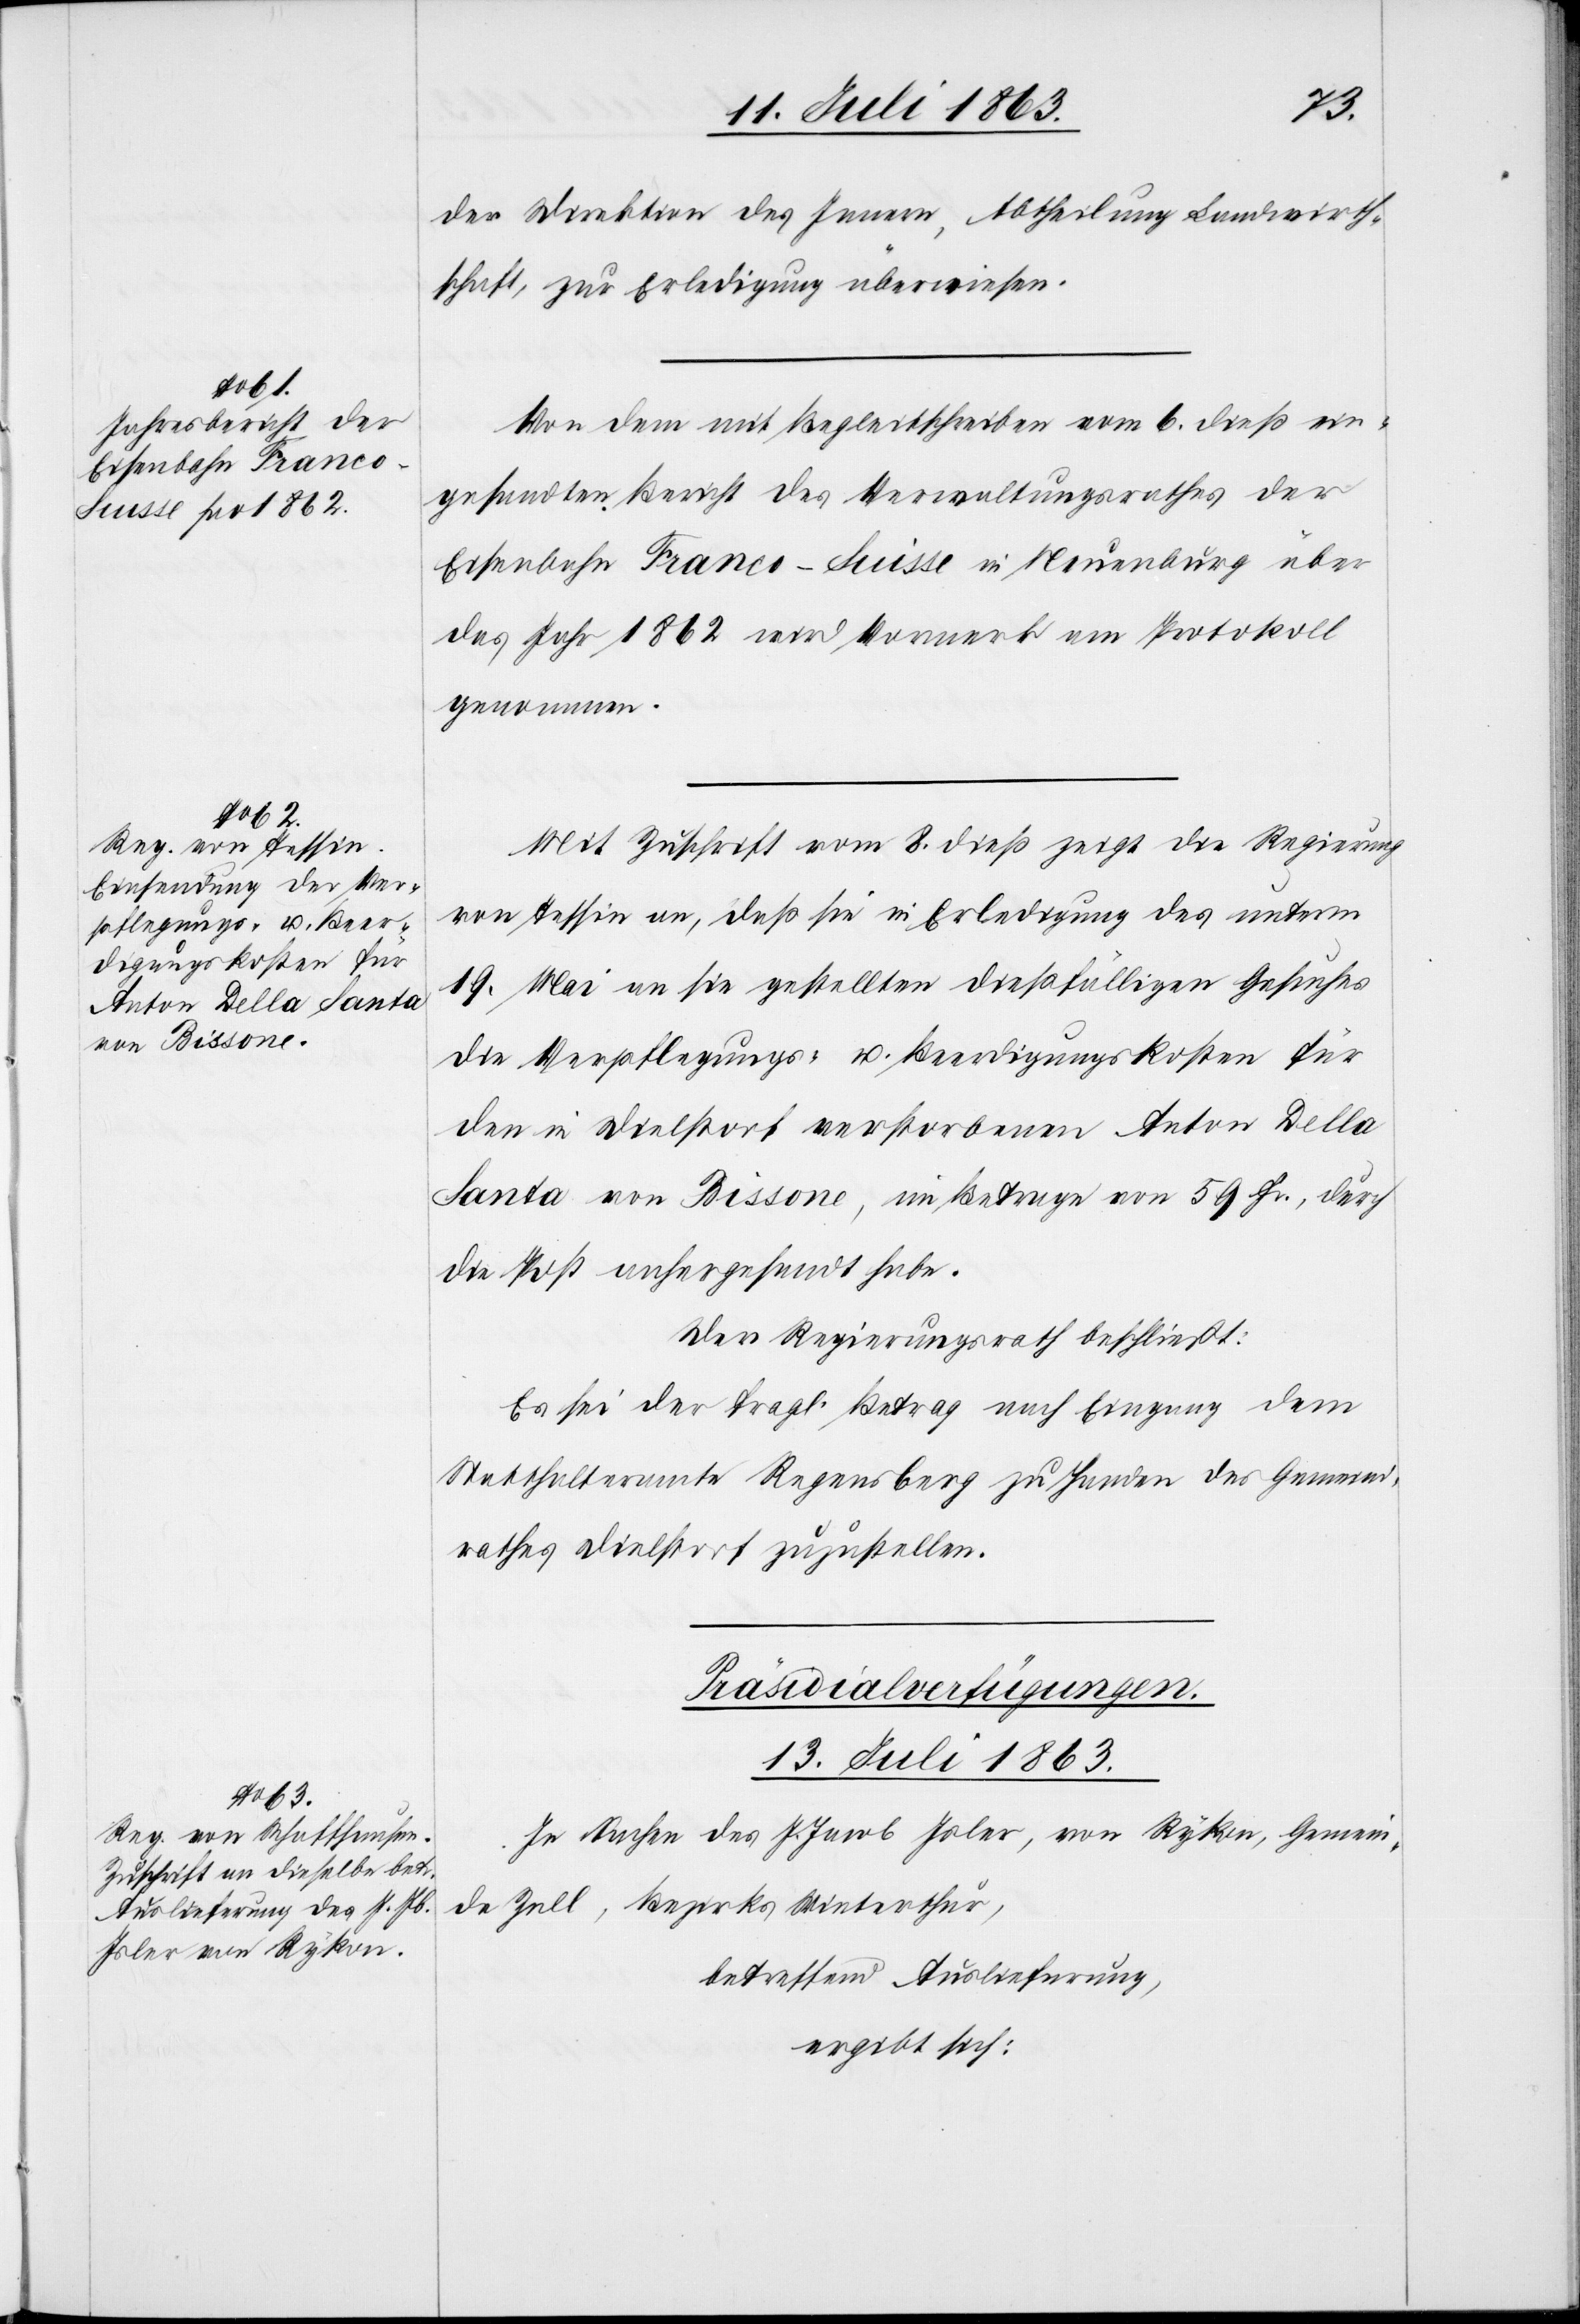
der Direktion des Innern, Abtheilung Landwirth¬
schaft, zur Erledigung überwiesen.
Von dem mit Begleitschreiben vom 6. dieß ein¬
gesandten Bericht des Verwaltungsrathes der
Eisenbahn Franco-Suisse in Neuenburg über
das Jahr 1862 wird Vormerk am Protokoll
genommen.
Mit Zuschrift vom 8. dieß zeigt die Regierung
von Tessin an, daß sie in Erledigung des unterm
19. Mai an sie gestellten dießfälligen Gesuches
die Verpflegungs- u. Beerdigungskosten für
den in Dielstorf verstorbenen Anton Della
Santa von Bissone, im Betrage von 59 Fr., durch
die Post anhergesandt habe.
Der Regierungsrath beschließt:
Es sei der fragl. Betrag nach Eingang dem
Statthalteramte Regensberg zu Handen des Gemeind¬
rathes Dielstorf zuzustellen.
Präsidialverfügungen.
13. Juli 1863.
In Sachen des J. Jacob Isler, von Rykon, Gemein¬
de Zell, Bezirks Winterthur,
betreffend Auslieferung,
ergibt sich: